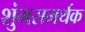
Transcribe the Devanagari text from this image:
शुंगसमर्थक